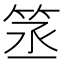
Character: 䇰